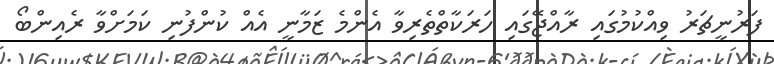
ފަރުނީޗަރު ވިއްކުމުގައި ރާއްޖޭގައި ހަރަކާތްތެރިވާ އެންމެ ޒަމާނީ އެއް ކުންފުނި ކަމަށްވާ ރެއިންބޯ